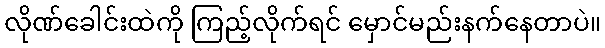
လိုဏ်ခေါင်းထဲကို ကြည့်လိုက်ရင် မှောင်မည်းနက်နေတာပဲ။